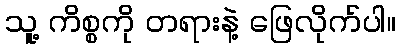
သူ့ ကိစ္စကို တရားနဲ့ ဖြေလိုက်ပါ။